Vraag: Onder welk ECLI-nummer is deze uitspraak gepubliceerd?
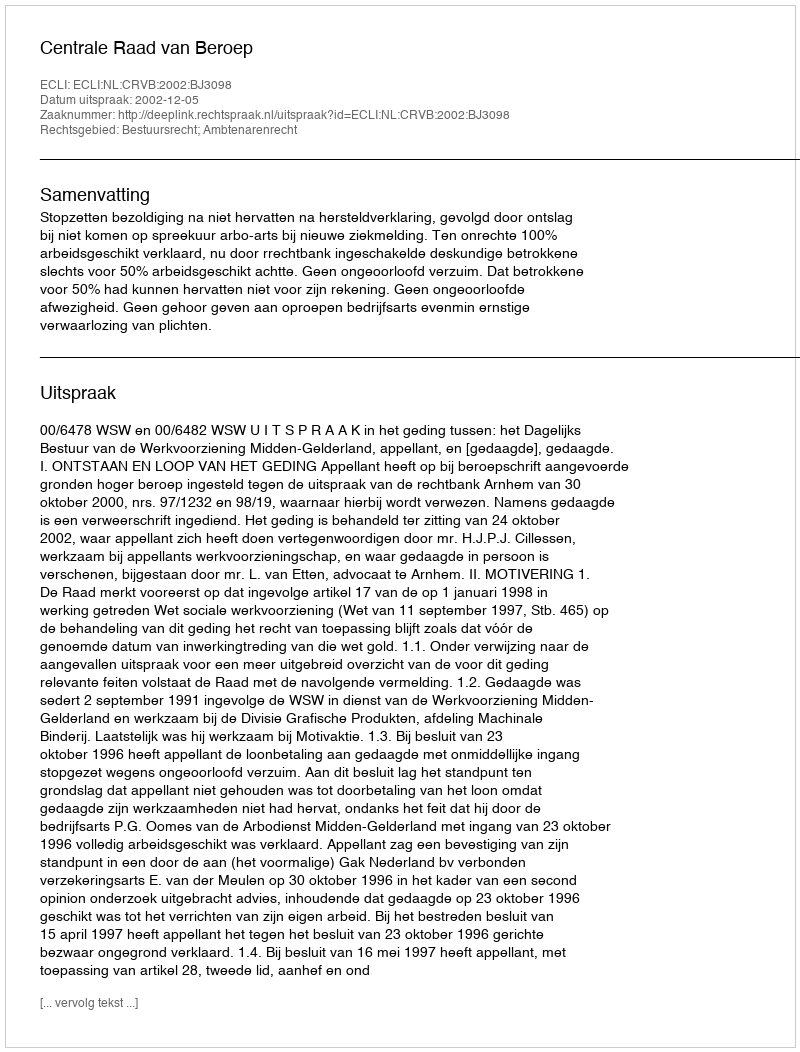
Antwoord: ECLI:NL:CRVB:2002:BJ3098